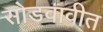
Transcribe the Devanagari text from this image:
सोडवावीत